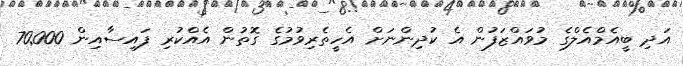
އަދި ބީއެމްއެލްގެ މުވައްޒަފުން އެ ކުދިންނަށް އެހީތެރިވުމުގެ ގޮތުން އެއްކުރި ފައިސާއިން 70